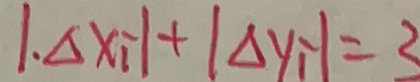
\vert . \Delta x _ { i } \vert + \vert \Delta y _ { i } \vert = 3